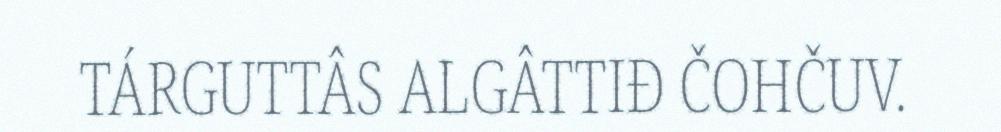
TÁRGUTTÂS ALGÂTTIĐ ČOHČUV.